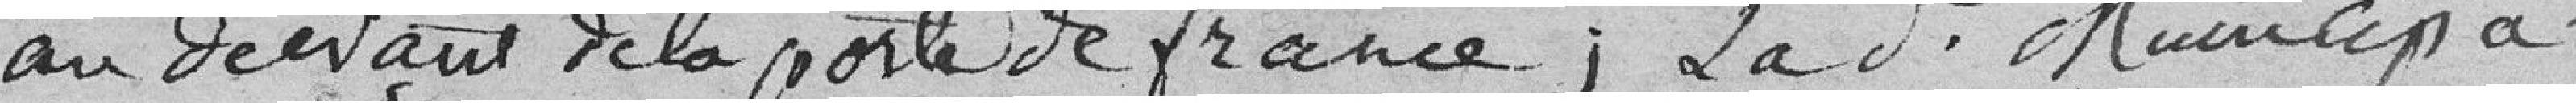
au devant de la porte de France ; La présente Municipa-